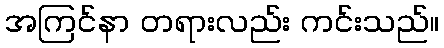
အကြင်နာ တရားလည်း ကင်းသည်။